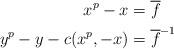
LaTeX: \begin{align*} x^p - x &= \overline f \\ y^p - y - c(x^p, - x) &= \overline f^{-1}\end{align*}